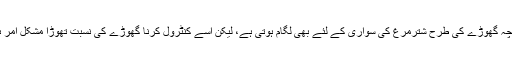
اگرچہ گھوڑے کی طرح شترمرغ کی سواری کے لئے بھی لگام ہوتی ہے، لیکن اسے کنٹرول کرنا گھوڑے کی نسبت تھوڑا مشکل امر ہے۔